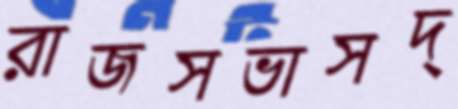
রাজসভাসদ্‌